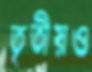
তৃতীয়ও